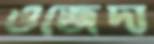
ওজেদা